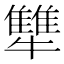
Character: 犨